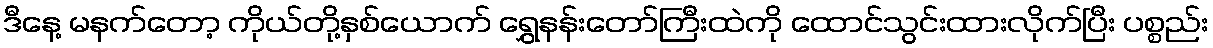
ဒီနေ့ မနက်တော့ ကိုယ်တို့နှစ်ယောက် ရွှေနန်းတော်ကြီးထဲကို ထောင်သွင်းထားလိုက်ပြီး ပစ္စည်း